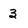
Character: 3